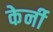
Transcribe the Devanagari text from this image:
केर्नी